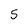
Character: 5